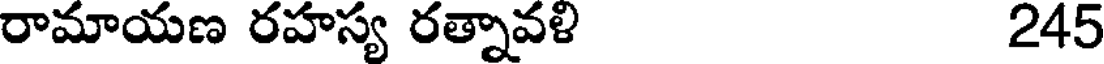
రామాయణ రహస్య రత్నావళి 245